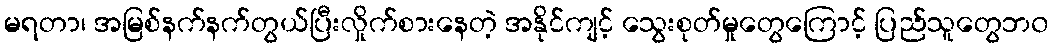
မရတာ၊ အမြစ်နက်နက်တွယ်ပြီးလှိုက်စားနေတဲ့ အနိုင်ကျင့် သွေးစုတ်မှုတွေကြောင့် ပြည်သူတွေဘ၀